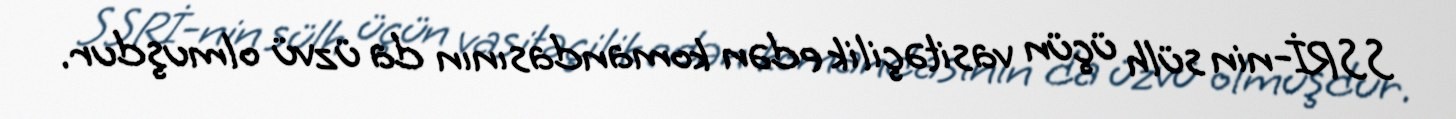
SSRİ-nin sülh üçün vasitəçilik edən komandasının da üzvü olmuşdur.